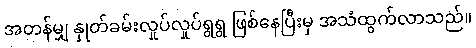
အတန်မျှ နှုတ်ခမ်းလှုပ်လှုပ်ရွရွ ဖြစ်နေပြီးမှ အသံထွက်လာသည်။